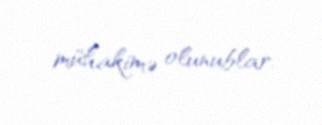
mühakimə olunublar.